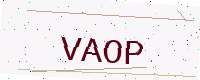
Text: VAOP